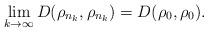
LaTeX: \begin{align*}\lim_{k\to \infty}D(\rho_{n_k},\rho_{n_k})= D(\rho_{0},\rho_{0}).\end{align*}